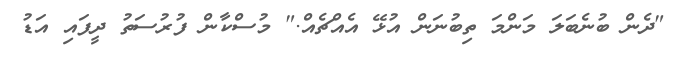
"ދެން ބުނެބަލަ މަންމަ ތިބުނަން އުޅޭ އެއްޗެއް." މުސްކާން ފުރުސަތު ދީފައި އަޑު